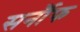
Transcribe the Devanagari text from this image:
सर्नौफ